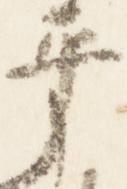
平